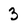
Character: 3